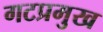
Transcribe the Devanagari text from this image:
गटप्रमुख